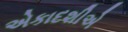
એકાદશીએ